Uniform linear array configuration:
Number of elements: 64
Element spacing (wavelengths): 0.5
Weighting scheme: binomial
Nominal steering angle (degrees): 45
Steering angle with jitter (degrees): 44.368
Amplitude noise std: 0.05
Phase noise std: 0.05

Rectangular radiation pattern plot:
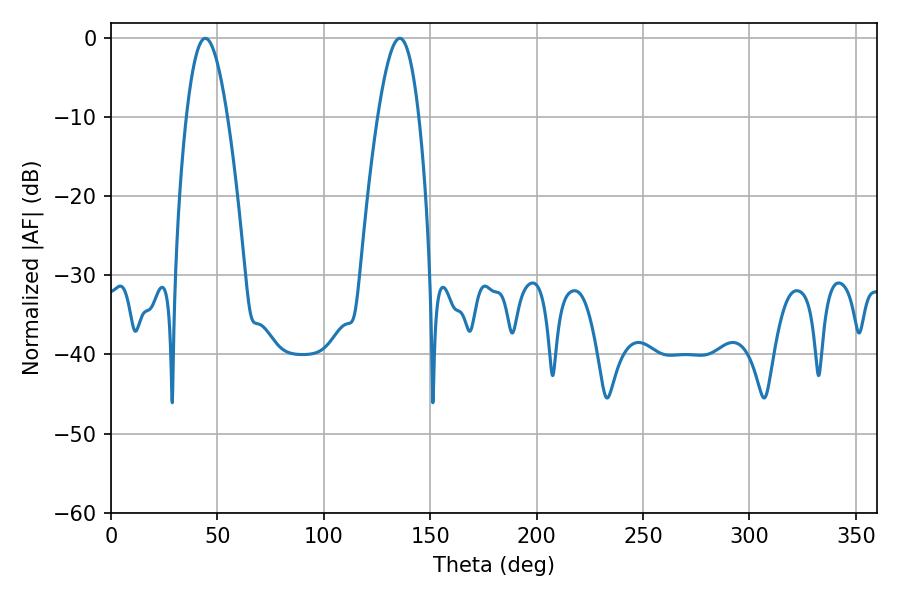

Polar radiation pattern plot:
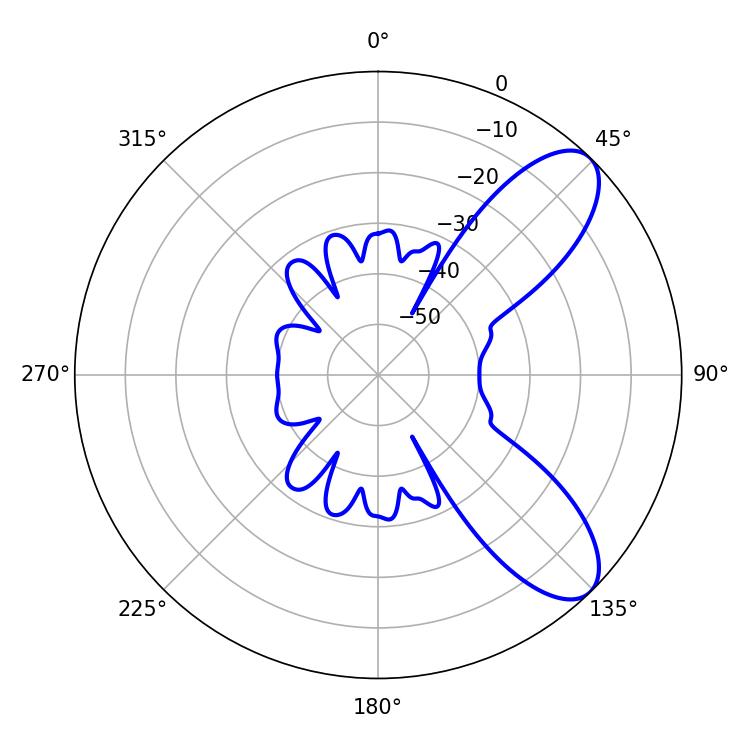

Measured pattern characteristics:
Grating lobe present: FALSE
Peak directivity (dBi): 8.582
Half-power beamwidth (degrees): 10.44
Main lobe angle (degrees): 44.28